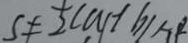
S \neq \frac { 1 } { 2 } ( a + b )